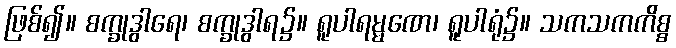
ဖြစ်၍။ စက္ခုဒွါရေ၊ စက္ခုဒွါရ၌။ ရူပါရမ္မဏေ၊ ရူပါရုံ၌။ သကသကကိစ္စ